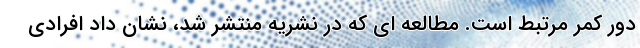
دور کمر مرتبط است. مطالعه ای که در نشریه منتشر شد، نشان داد افرادی